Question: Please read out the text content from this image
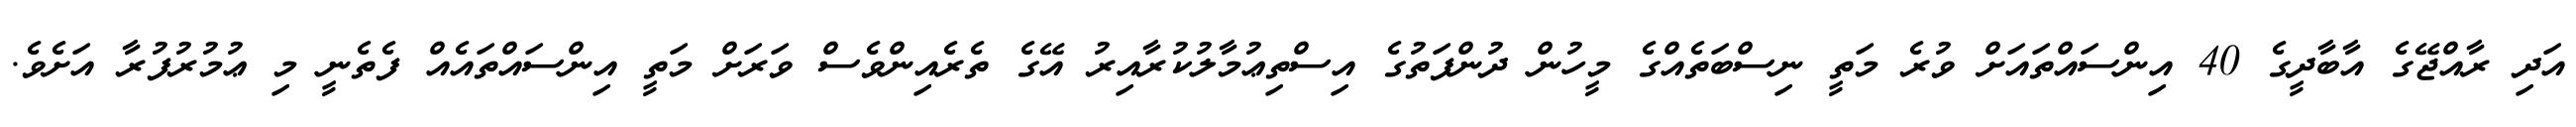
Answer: އަދި ރާއްޖޭގެ އާބާދީގެ 40 އިންސައްތައަށް ވުރެ މަތީ ނިސްބަތެއްގެ މީހުން ދުންފަތުގެ އިސްތިޢުމާލުކުރާއިރު އޭގެ ތެރެއިންވެސް ވަރަށް މަތީ އިންސައްތައެއް ފެތެނީ މި ޢުމުރުފުރާ އަށެވެ.